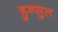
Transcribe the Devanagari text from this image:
हुन्सुल